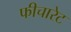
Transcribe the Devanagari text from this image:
फीचारेट